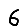
Digit: 6